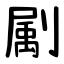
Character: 㔉